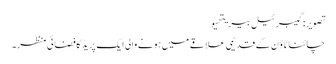
تصویر: گیبرئیل بیریتھیو
چائنا ٹاؤن کے قدیمی علاقے میں ہونے والی ایک پریڈ کا فضائی منظر۔